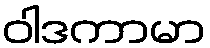
ဝါဒကာမာ